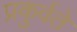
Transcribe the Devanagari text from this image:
प्रकुर्वते